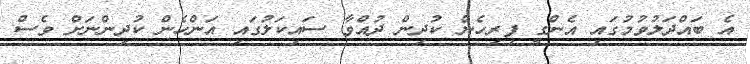
އެ ބައްދަލުވުމުގައި އެންގީ ފިރިހެން ކުދިން ދުއްވާ ސައިކަލުގައި އަންހެން ކުދިންނަށް ވެސް